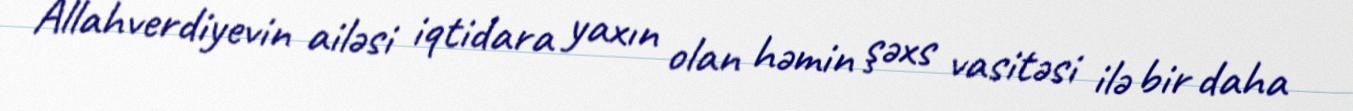
Allahverdiyevin ailəsi iqtidara yaxın olan həmin şəxs vasitəsi ilə bir daha